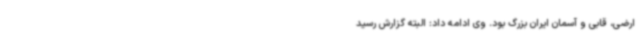
ارضی، قابی و آسمان ایران بزرگ بود. وی ادامه داد: البته گزارش رسید